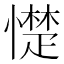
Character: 憷